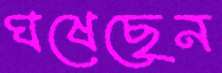
ঘষেছেন